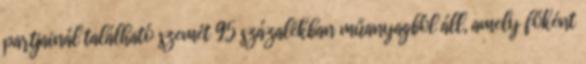
partjainál található szemét 95 százalékban műanyagból áll, amely főként